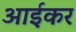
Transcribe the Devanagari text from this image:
आईकर